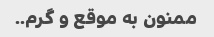
ممنون به موقع و گرم..